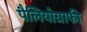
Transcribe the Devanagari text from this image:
पैलियोग्राफी